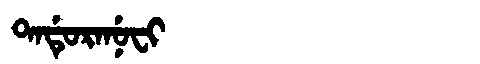
Manchu: ᡨᠠᡩᡠᡵᠠᠨᡠᠸᡳ
Romanization: TADURANUFI